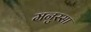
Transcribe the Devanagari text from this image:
मनुस्सा